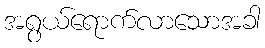
အရွယ်ရောက်လာသောအခါ